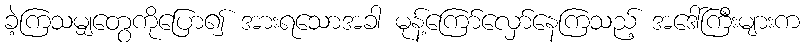
ခဲ့ကြသမျှတွေကိုပြော၍ အားရသောအခါ မုန့်ကြော်လှော်နေကြသည့် အဒေါ်ကြီးများက